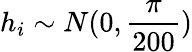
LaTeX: h_{i}\sim N(0,\frac{\pi}{200})